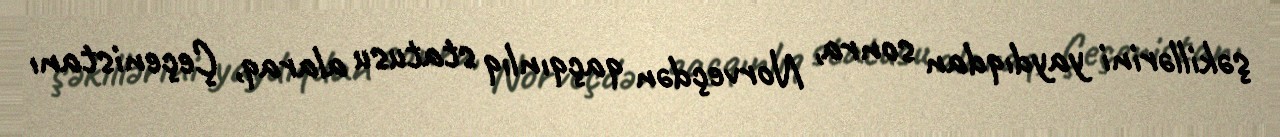
şəkillərini yaydıqdan sonra, Norveçdən qaçqınlıq statusu alaraq, Çeçenistanı